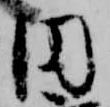
円